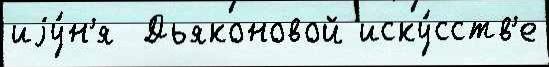
иjу́н'я  Дьяконовой иску́сств'е